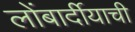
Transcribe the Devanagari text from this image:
लोंबार्दीयाची